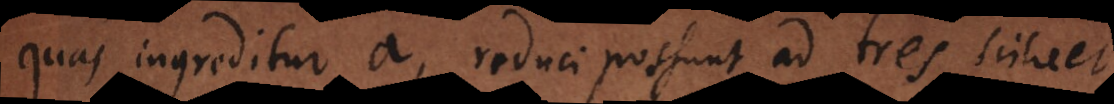
quas ingreditur a, reduci possunt ad tres, scilicet